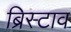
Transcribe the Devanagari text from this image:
ब्रिस्टाव